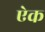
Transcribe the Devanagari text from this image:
एेक